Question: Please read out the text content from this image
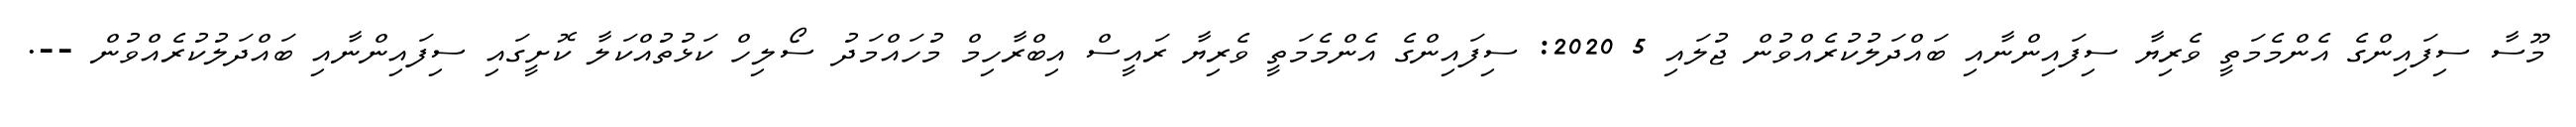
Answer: މޫސާ ސިފައިންގެ އެންމެމަތީ ވެރިޔާ ސިފައިންނާއި ބައްދަލުކުރެއްވުން ޖުލައި 5 2020: ސިފައިންގެ އެންމެމަތީ ވެރިޔާ ރައީސް އިބްރާހިމް މުހައްމަދު ސޯލިހް ކަޅުތުއްކަލާ ކޮށީގައި ސިފައިންނާއި ބައްދަލުކުރެއްވުން --.